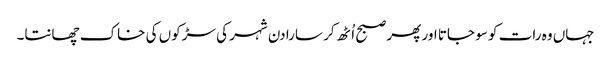
جہاں وہ رات کو سو جاتا اور پھر صبح اُٹھ کر سارا دن شہر کی سڑکوں کی خاک چھانتا۔